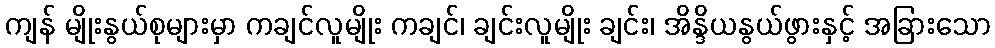
ကျန် မျိုးနွယ်စုများမှာ ကချင်လူမျိုး ကချင်၊ ချင်းလူမျိုး ချင်း၊ အိန္ဒိယနွယ်ဖွားနှင့် အခြားသော